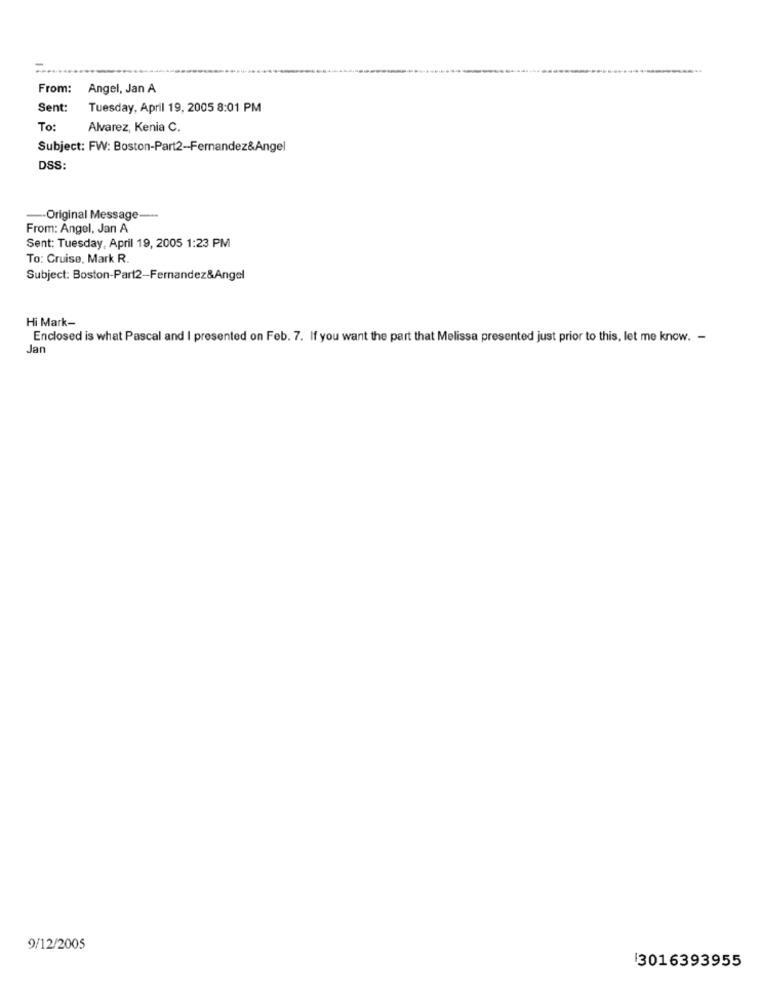
From:
Angel, Jan A
Sent:
Tuesday, April 19, 2005 8:01 PM
To:
Alvarez, Kenia C.
Subject: FW: Boston-Part2-Fernandez&Angel
DSS:
-Original Message-
From: Angel, Jan A
Sent: Tuesday, April 19, 2005 1:23 PM
To: Cruise, Mark R.
Subject: Boston-Part2-Fernandez&Angel
Hi Mark-
Enclosed is what Pascal and I presented on Feb. 7. If you want the part that Melissa presented just prior to this, let me know. -
Jan
9/12/2005
3016393955